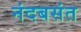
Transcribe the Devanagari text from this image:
नंदबसंत